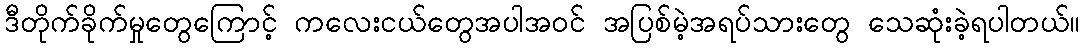
ဒီတိုက်ခိုက်မှုတွေကြောင့် ကလေးငယ်တွေအပါအဝင် အပြစ်မဲ့အရပ်သားတွေ သေဆုံးခဲ့ရပါတယ်။